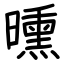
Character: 曛